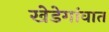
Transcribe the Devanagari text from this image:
खेडेगांवात